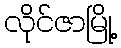
လိုင်ဇာမြို့